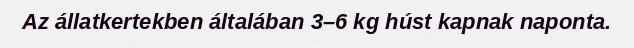
Az állatkertekben általában 3–6 kg húst kapnak naponta.